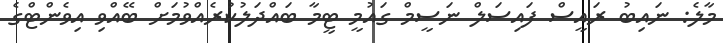
މާލެ: ނައިބު ރައީސް ފައިސަލް ނަސީމް ގައުމީ ޓީމާ ބައްދަލުކުރެއްވުމަށް ބޭއްވި އިވެންޓްގެ